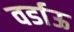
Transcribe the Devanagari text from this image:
वर्डाऊ